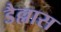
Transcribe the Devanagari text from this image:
डैल्लास